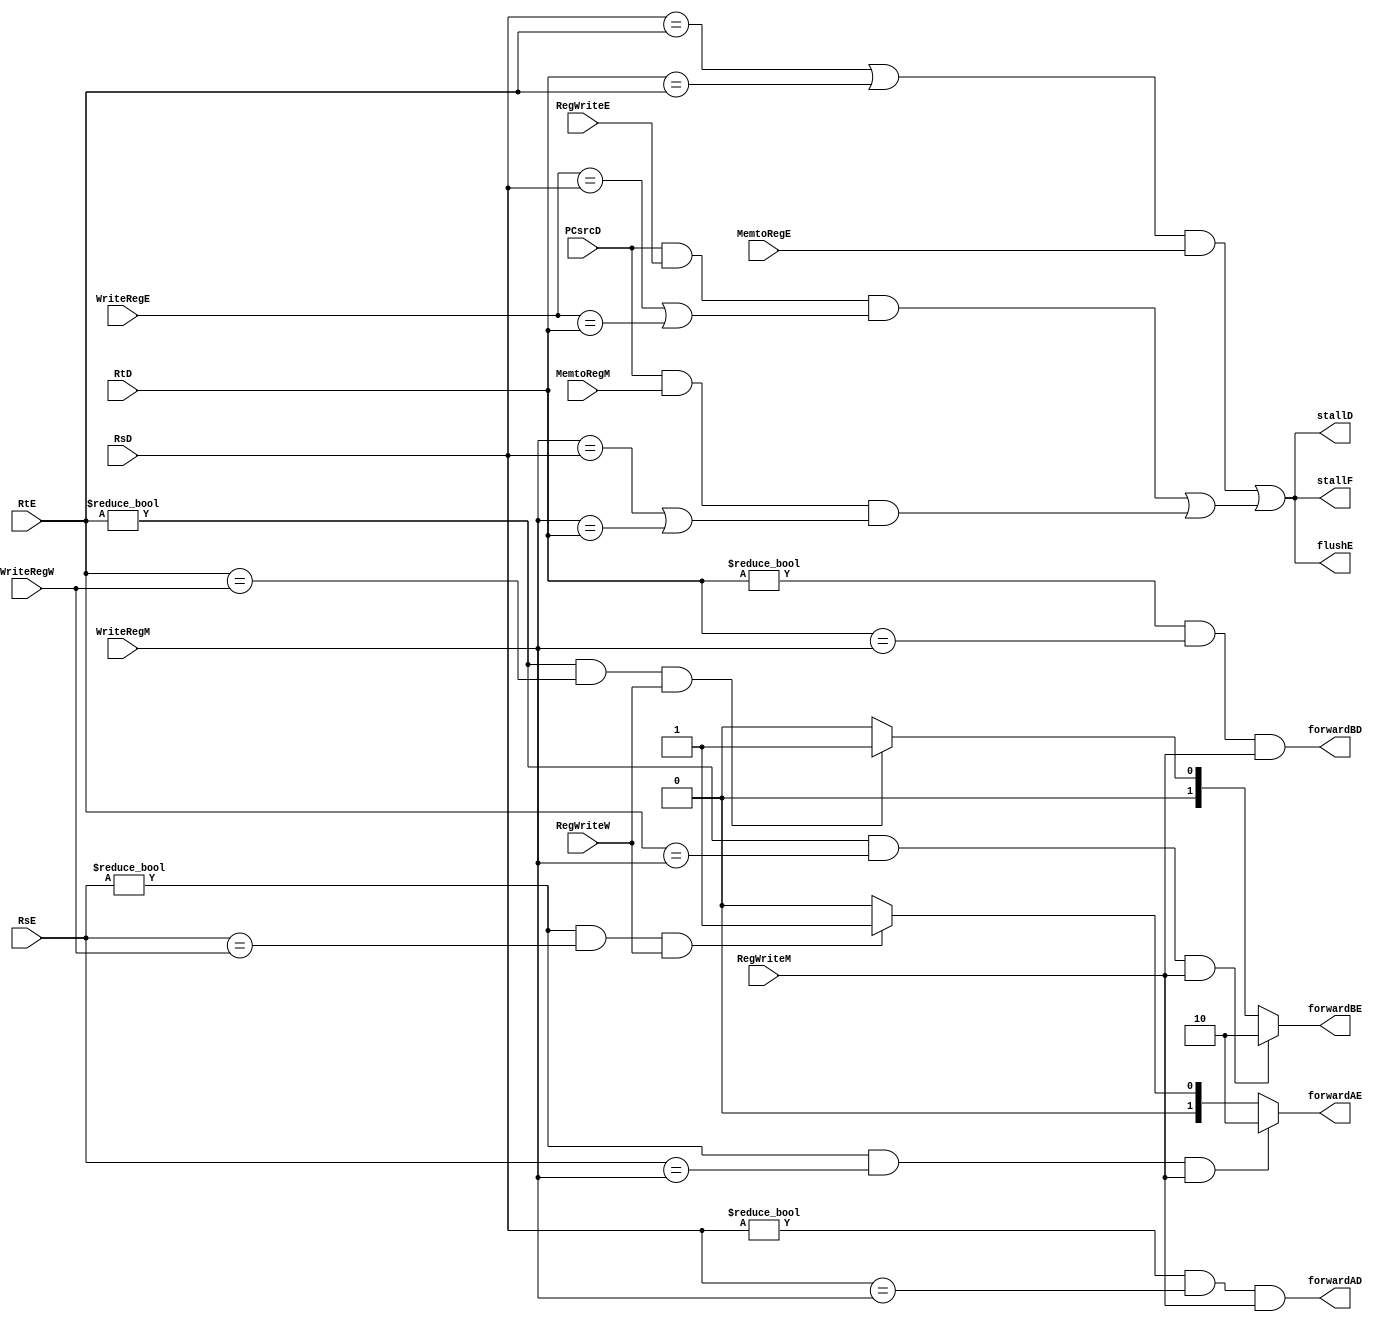
module hazard ( RsE , RtE , WriteRegE , WriteRegM , RsD , RtD , stallF , stallD , flushE , forwardAD , forwardBD , forwardAE , forwardBE , RegWriteM , RegWriteW , MemtoRegE , WriteRegW , PCsrcD , RegWriteE ,MemtoRegM);
input [4:0] RsD , RtD , RsE , RtE , WriteRegE , WriteRegM , WriteRegW ;
input RegWriteM , MemtoRegE , RegWriteW,PCsrcD ,RegWriteE , MemtoRegM;
output  stallF , stallD ,flushE, forwardAD , forwardBD ;
output [1:0] forwardAE , forwardBE ;
assign forwardAE =((RsE != 0)&& (RsE== WriteRegM) && (RegWriteM)) ? 2'b10 : ((RsE != 0)&& (RsE== WriteRegW)&& (RegWriteW)) ? 2'b01 :  2'b00 ;

assign forwardBE =((RtE != 0)&& (RtE== WriteRegM) && (RegWriteM)) ? 2'b10 : ((RtE != 0)&& (RtE== WriteRegW)&& (RegWriteW)) ? 2'b01 :  2'b00 ;
			
		  
 assign stallF = (((RsD== RtE) | (RtD== RtE)) && MemtoRegE) || (PCsrcD && RegWriteE && (WriteRegE == RsD || WriteRegE == RtD) || (PCsrcD && MemtoRegM && (WriteRegM == RsD || WriteRegM == RtD)));
 assign stallD = (((RsD== RtE) | (RtD== RtE)) && MemtoRegE) || (PCsrcD && RegWriteE && (WriteRegE == RsD || WriteRegE == RtD) || (PCsrcD && MemtoRegM && (WriteRegM == RsD || WriteRegM == RtD)));  	
 assign flushE = (((RsD== RtE) | (RtD== RtE)) && MemtoRegE) || (PCsrcD && RegWriteE && (WriteRegE == RsD || WriteRegE == RtD) || (PCsrcD && MemtoRegM && (WriteRegM == RsD || WriteRegM == RtD)));		
		
 assign forwardAD=((RsD != 0 ) && (RsD == WriteRegM) && ( RegWriteM ));
 assign forwardBD=((RtD != 0 ) && (RtD == WriteRegM) && ( RegWriteM ));

	
endmodule